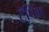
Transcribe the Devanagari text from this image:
टॅपिंग